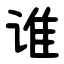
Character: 谁